38_143685_box7_Incident_Summaries_1-100
Agency: Department of War
Page 78
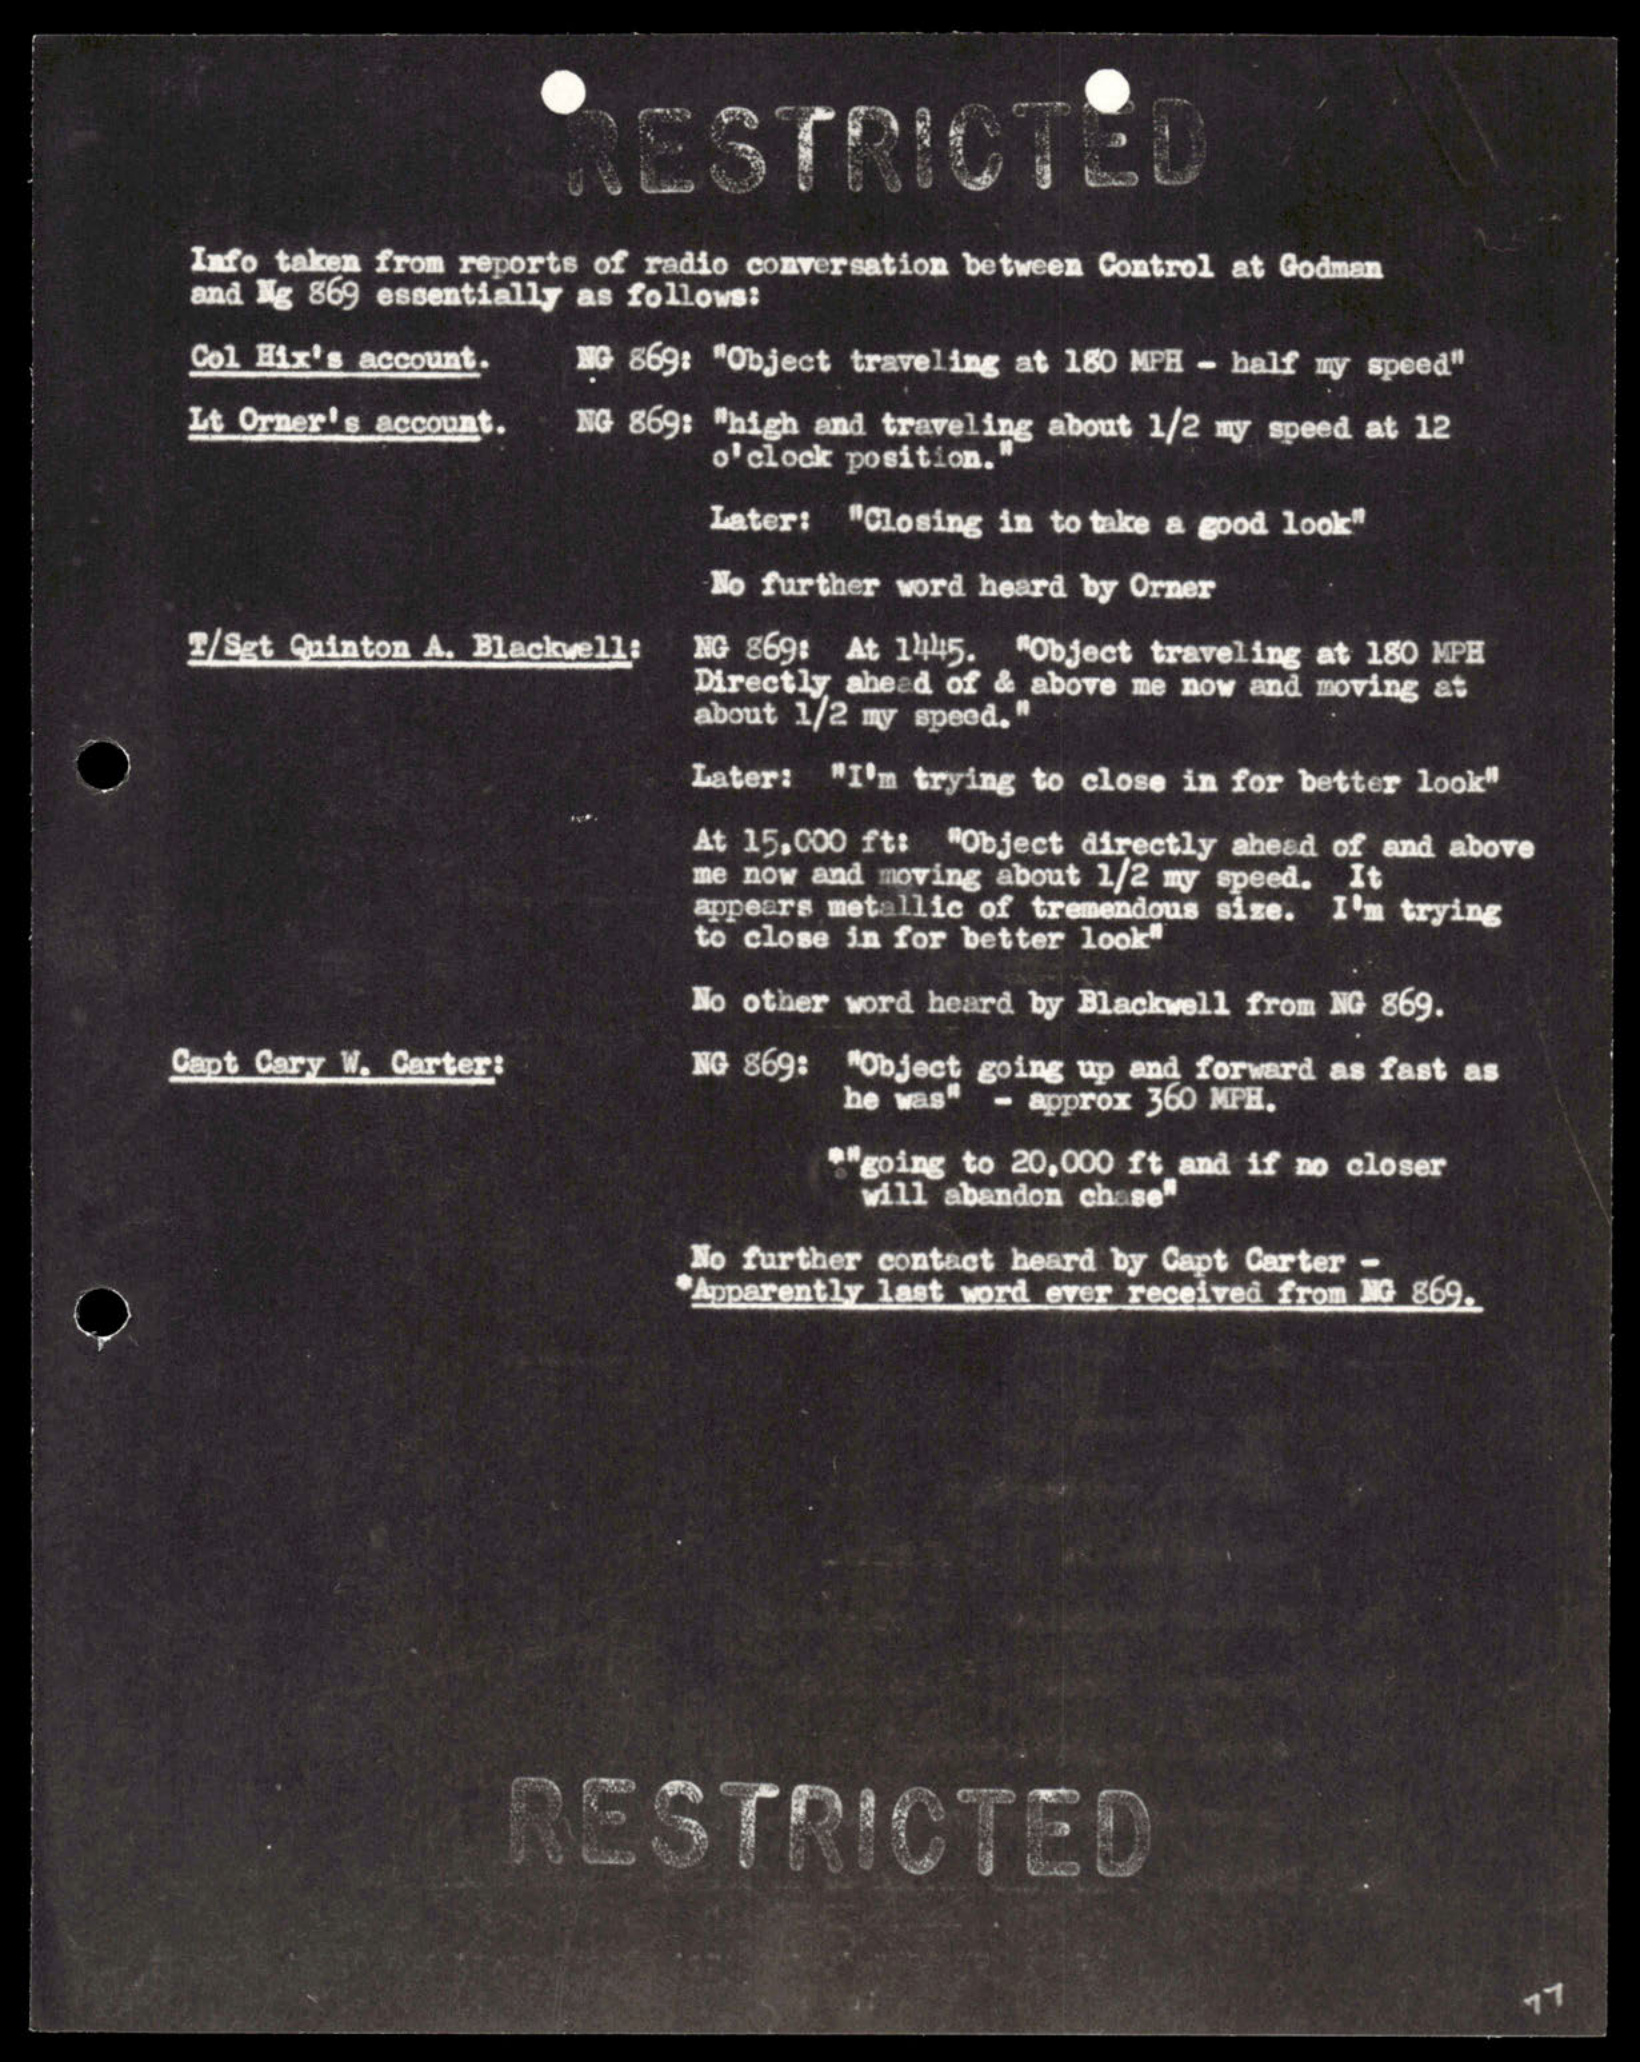